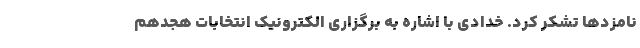
نامزدها تشکر کرد. خدادی با اشاره به برگزاری الکترونیک انتخابات هجدهم